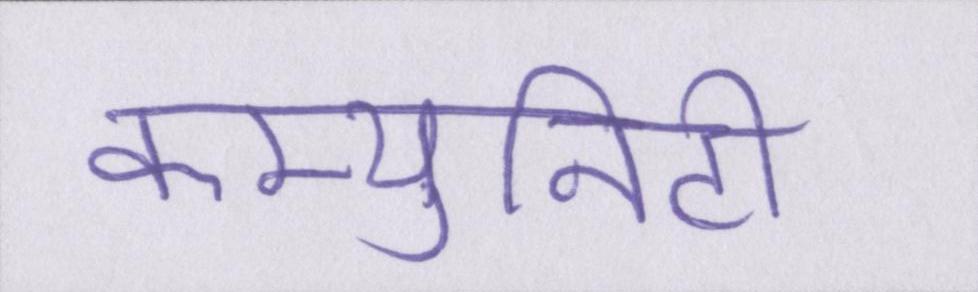
कम्युनिटी